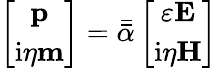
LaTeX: \left[\begin{array}{c}{\mathbf{p}}\\ {\mathrm{i}\eta\mathbf{m}}\end{array}\right]=\bar{\bar{\alpha}}\left[\begin{array}{c}{\varepsilon\mathbf{E}}\\ {\mathrm{i}\eta\mathbf{H}}\end{array}\right]